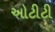
ઓટીટી